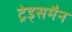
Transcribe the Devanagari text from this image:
ट्रेड्समैन